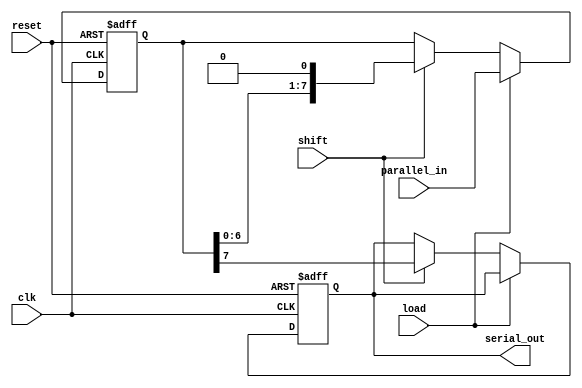
module PISO_Register #(
    parameter N = 8  // Configurable width of the register
)(
    input wire [N-1:0] parallel_in, // Parallel input data
    input wire load,                 // Load control signal
    input wire shift,                // Shift control signal
    input wire clk,                  // Clock signal
    input wire reset,                // Asynchronous reset signal
    output reg serial_out            // Serial output
);

    // Internal register to hold the data
    reg [N-1:0] shift_reg;

    // Asynchronous reset and loading logic
    always @(posedge clk or posedge reset) begin
        if (reset) begin
            // Clear the shift register on reset
            shift_reg <= {N{1'b0}};
            serial_out <= 1'b0; // Clear output on reset
        end else if (load) begin
            // Load the parallel input into the shift register
            shift_reg <= parallel_in;
        end else if (shift) begin
            // Shift the data out serially
            serial_out <= shift_reg[N-1]; // Output the MSB
            shift_reg <= {shift_reg[N-2:0], 1'b0}; // Shift left
        end
    end

endmodule